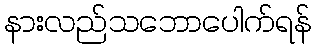
နားလည်သဘောပေါက်ရန်